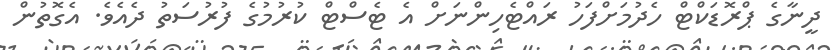
ދީނާގެ ޕްރޮޑަކްޓް ހެދުމަށްފަހު ރައްޓެހިންނަށް އެ ޓެސްޓް ކުރުމުގެ ފުރުސަތު ދެއެވެ. އެގޮތުން